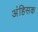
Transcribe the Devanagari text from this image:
अंहिसक